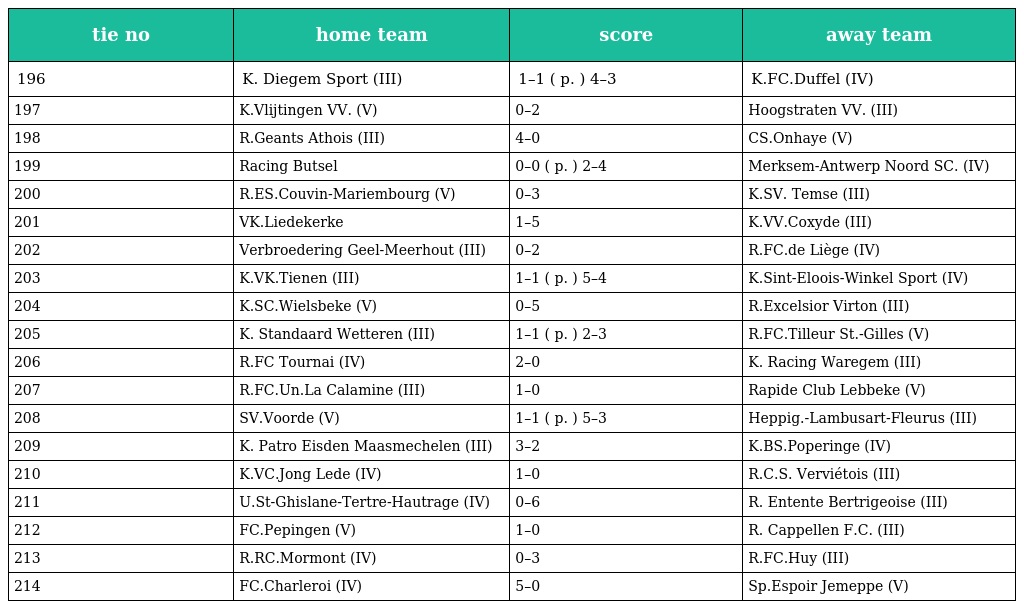
| tie no | home team | score | away team |
 | --- | --- | --- | --- |
 | 196 | K. Diegem Sport (III) | 1–1 ( p. ) 4–3 | K.FC.Duffel (IV) |
 | 197 | K.Vlijtingen VV. (V) | 0–2 | Hoogstraten VV. (III) |
 | 198 | R.Geants Athois (III) | 4–0 | CS.Onhaye (V) |
 | 199 | Racing Butsel | 0–0 ( p. ) 2–4 | Merksem-Antwerp Noord SC. (IV) |
 | 200 | R.ES.Couvin-Mariembourg (V) | 0–3 | K.SV. Temse (III) |
 | 201 | VK.Liedekerke | 1–5 | K.VV.Coxyde (III) |
 | 202 | Verbroedering Geel-Meerhout (III) | 0–2 | R.FC.de Liège (IV) |
 | 203 | K.VK.Tienen (III) | 1–1 ( p. ) 5–4 | K.Sint-Eloois-Winkel Sport (IV) |
 | 204 | K.SC.Wielsbeke (V) | 0–5 | R.Excelsior Virton (III) |
 | 205 | K. Standaard Wetteren (III) | 1–1 ( p. ) 2–3 | R.FC.Tilleur St.-Gilles (V) |
 | 206 | R.FC Tournai (IV) | 2–0 | K. Racing Waregem (III) |
 | 207 | R.FC.Un.La Calamine (III) | 1–0 | Rapide Club Lebbeke (V) |
 | 208 | SV.Voorde (V) | 1–1 ( p. ) 5–3 | Heppig.-Lambusart-Fleurus (III) |
 | 209 | K. Patro Eisden Maasmechelen (III) | 3–2 | K.BS.Poperinge (IV) |
 | 210 | K.VC.Jong Lede (IV) | 1–0 | R.C.S. Verviétois (III) |
 | 211 | U.St-Ghislane-Tertre-Hautrage (IV) | 0–6 | R. Entente Bertrigeoise (III) |
 | 212 | FC.Pepingen (V) | 1–0 | R. Cappellen F.C. (III) |
 | 213 | R.RC.Mormont (IV) | 0–3 | R.FC.Huy (III) |
 | 214 | FC.Charleroi (IV) | 5–0 | Sp.Espoir Jemeppe (V) |